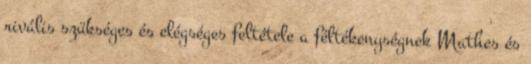
rivális szükséges és elégséges feltétele a féltékenységnek Mathes és